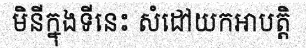
មិនីក្នុងទីនេះ សំដៅយកអាបត្តិ